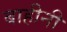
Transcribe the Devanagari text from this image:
बाहीनी